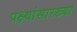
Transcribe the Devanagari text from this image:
पक्ष्यांसारख्या